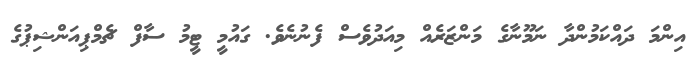
އިންމަ ދައްކަމުންދާ ނަމޫނާގެ މަންޒަރެއް މިއަދުވެސް ފެނުނެވެ. ގައުމީ ޓީމު ސާފް ޗެމްޕިއަންޝިޕުގެ